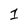
Character: 1